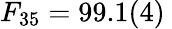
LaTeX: F_{35}=99.1(4)\